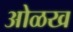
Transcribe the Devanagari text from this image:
आेळख